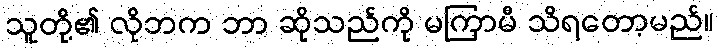
သူတို့၏ လိုဘက ဘာ ဆိုသည်ကို မကြာမီ သိရတော့မည်။